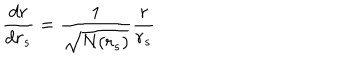
LaTeX: \frac { d r } { d r _ { s } } = \frac { 1 } { \sqrt { N ( r _ { s } ) } } \frac { r } { r _ { s } }